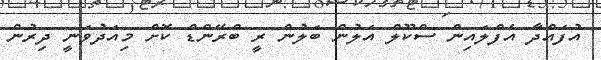
އުފައްދާ އެފްލައިން ސްކޫލް އަލުން ބަލުން ރީ ބްރޭންޑް ކޮށް މިއަދުވަނީ ދިރުން